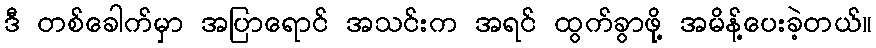
ဒီ တစ်ခေါက်မှာ အပြာရောင် အသင်းက အရင် ထွက်ခွာဖို့ အမိန့်ပေးခဲ့တယ်။